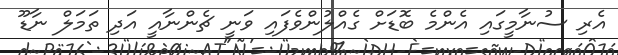
އެރި ސުނާމީގައި އެންމެ ބޮޑަށް ގެއްލުންވެފައި ވަނީ ޗެންނާއީ އަދި ތަމަލް ނާޑޫ